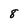
Character: 8